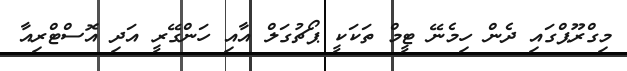
މިގްރޫޕްގައި ދެން ހިމެނޭ ޓީމް ތަކަކީ ޕޯޗުގަލް އާއި ހަންގޭރީ އަދި އޮސްޓްރިއާ